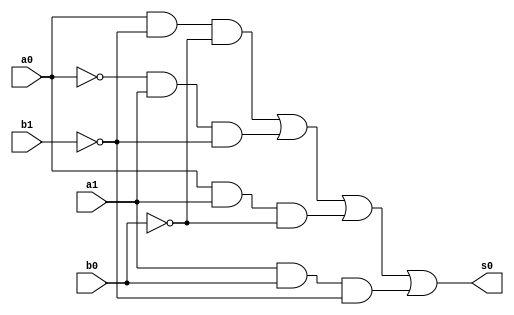
// ------------------------- 
// Exemplo_0707  
// Nome: Larissa Domingues Gomes 
// ------------------------- 

module maior(output s0, input a0, a1, b0, b1);

    assign s0 =(a0&~b1&~b0)|(~a0&a1&~b1)|(a0&a1&~b0)|(a1&b0&~b1);

endmodule

module menor(output s0, input a0, a1, b0, b1);

    assign s0 = (~a0&~a1&b0)|(~a0&b0&b1)|(~a1&~b0&b1)|(a0&~a1&b1);

endmodule

module MUX(output s0, input x,y, seletor);
    wire  notseletor, sa1, sa2;
    
    
    not NOT1 (notseletor, seletor);
    and AND1(sa1, x, seletor);
    and AND2(sa2, y, notseletor);
    or OR1  (s0, sa1, sa2);
    
endmodule    

module COMPARADOR(output s0, input a0, a1, b0, b1, seletor);
    wire s1, s2;
    
      maior MAIOR1(s1,a0,a1,b0,b1);
      menor MENOR1(s2,a0,a1,b0,b1);
      MUX MUX1(s0,s1,s2,seletor);
    
endmodule
    
module ValoresIniciais;

reg [1:0] a, b;
reg seletor;
wire s0;

COMPARADOR COMP (s0, a[0], a[1], b[0], b[1], seletor);
initial
begin : start

	a = 2'bxx;
	b = 2'bxx;
	seletor = 1'bx;

end

initial
begin : main

	$display("Exemplo_0707 - Larissa Gomes - 650525");
	$display("Expressoes booleanas");
	
	#1 a = 00; b = 00; seletor = 0;
	$display("seletor   a   b   =  s0  ");
    $monitor("%2B        %2b  %2b  = %2b ",seletor, a, b, s0);
		
    #1 a = 00; b = 01; seletor = 0;
    #1 a = 00; b = 10; seletor = 0;
    #1 a = 00; b = 11; seletor = 0;
    
    #1 a = 01; b = 00; seletor = 0;
    #1 a = 01; b = 01; seletor = 0;
    #1 a = 01; b = 10; seletor = 0;
    #1 a = 01; b = 11; seletor = 0;
    
    #1 a = 10; b = 00; seletor = 0;
    #1 a = 10; b = 01; seletor = 0;
    #1 a = 10; b = 10; seletor = 0;
    #1 a = 10; b = 11; seletor = 0;
    
    #1 a = 11; b = 00; seletor = 0;
    #1 a = 11; b = 01; seletor = 0;
    #1 a = 11; b = 10; seletor = 0;
    #1 a = 11; b = 11; seletor = 0;
    
	#1 a = 00; b = 00; seletor = 1;
    #1 a = 00; b = 01; seletor = 1;
    #1 a = 00; b = 10; seletor = 1;
    #1 a = 00; b = 11; seletor = 1;
        
    #1 a = 01; b = 00; seletor = 1;
    #1 a = 01; b = 01; seletor = 1;
    #1 a = 01; b = 10; seletor = 1;
    #1 a = 01; b = 11; seletor = 1;
    
    #1 a = 10; b = 00; seletor = 1;
    #1 a = 10; b = 01; seletor = 1;
    #1 a = 10; b = 10; seletor = 1;
    #1 a = 10; b = 11; seletor = 1;
    
    #1 a = 11; b = 00; seletor = 1;
    #1 a = 11; b = 01; seletor = 1;
    #1 a = 11; b = 10; seletor = 1;
    #1 a = 11; b = 11; seletor = 1;
    
end
endmodule